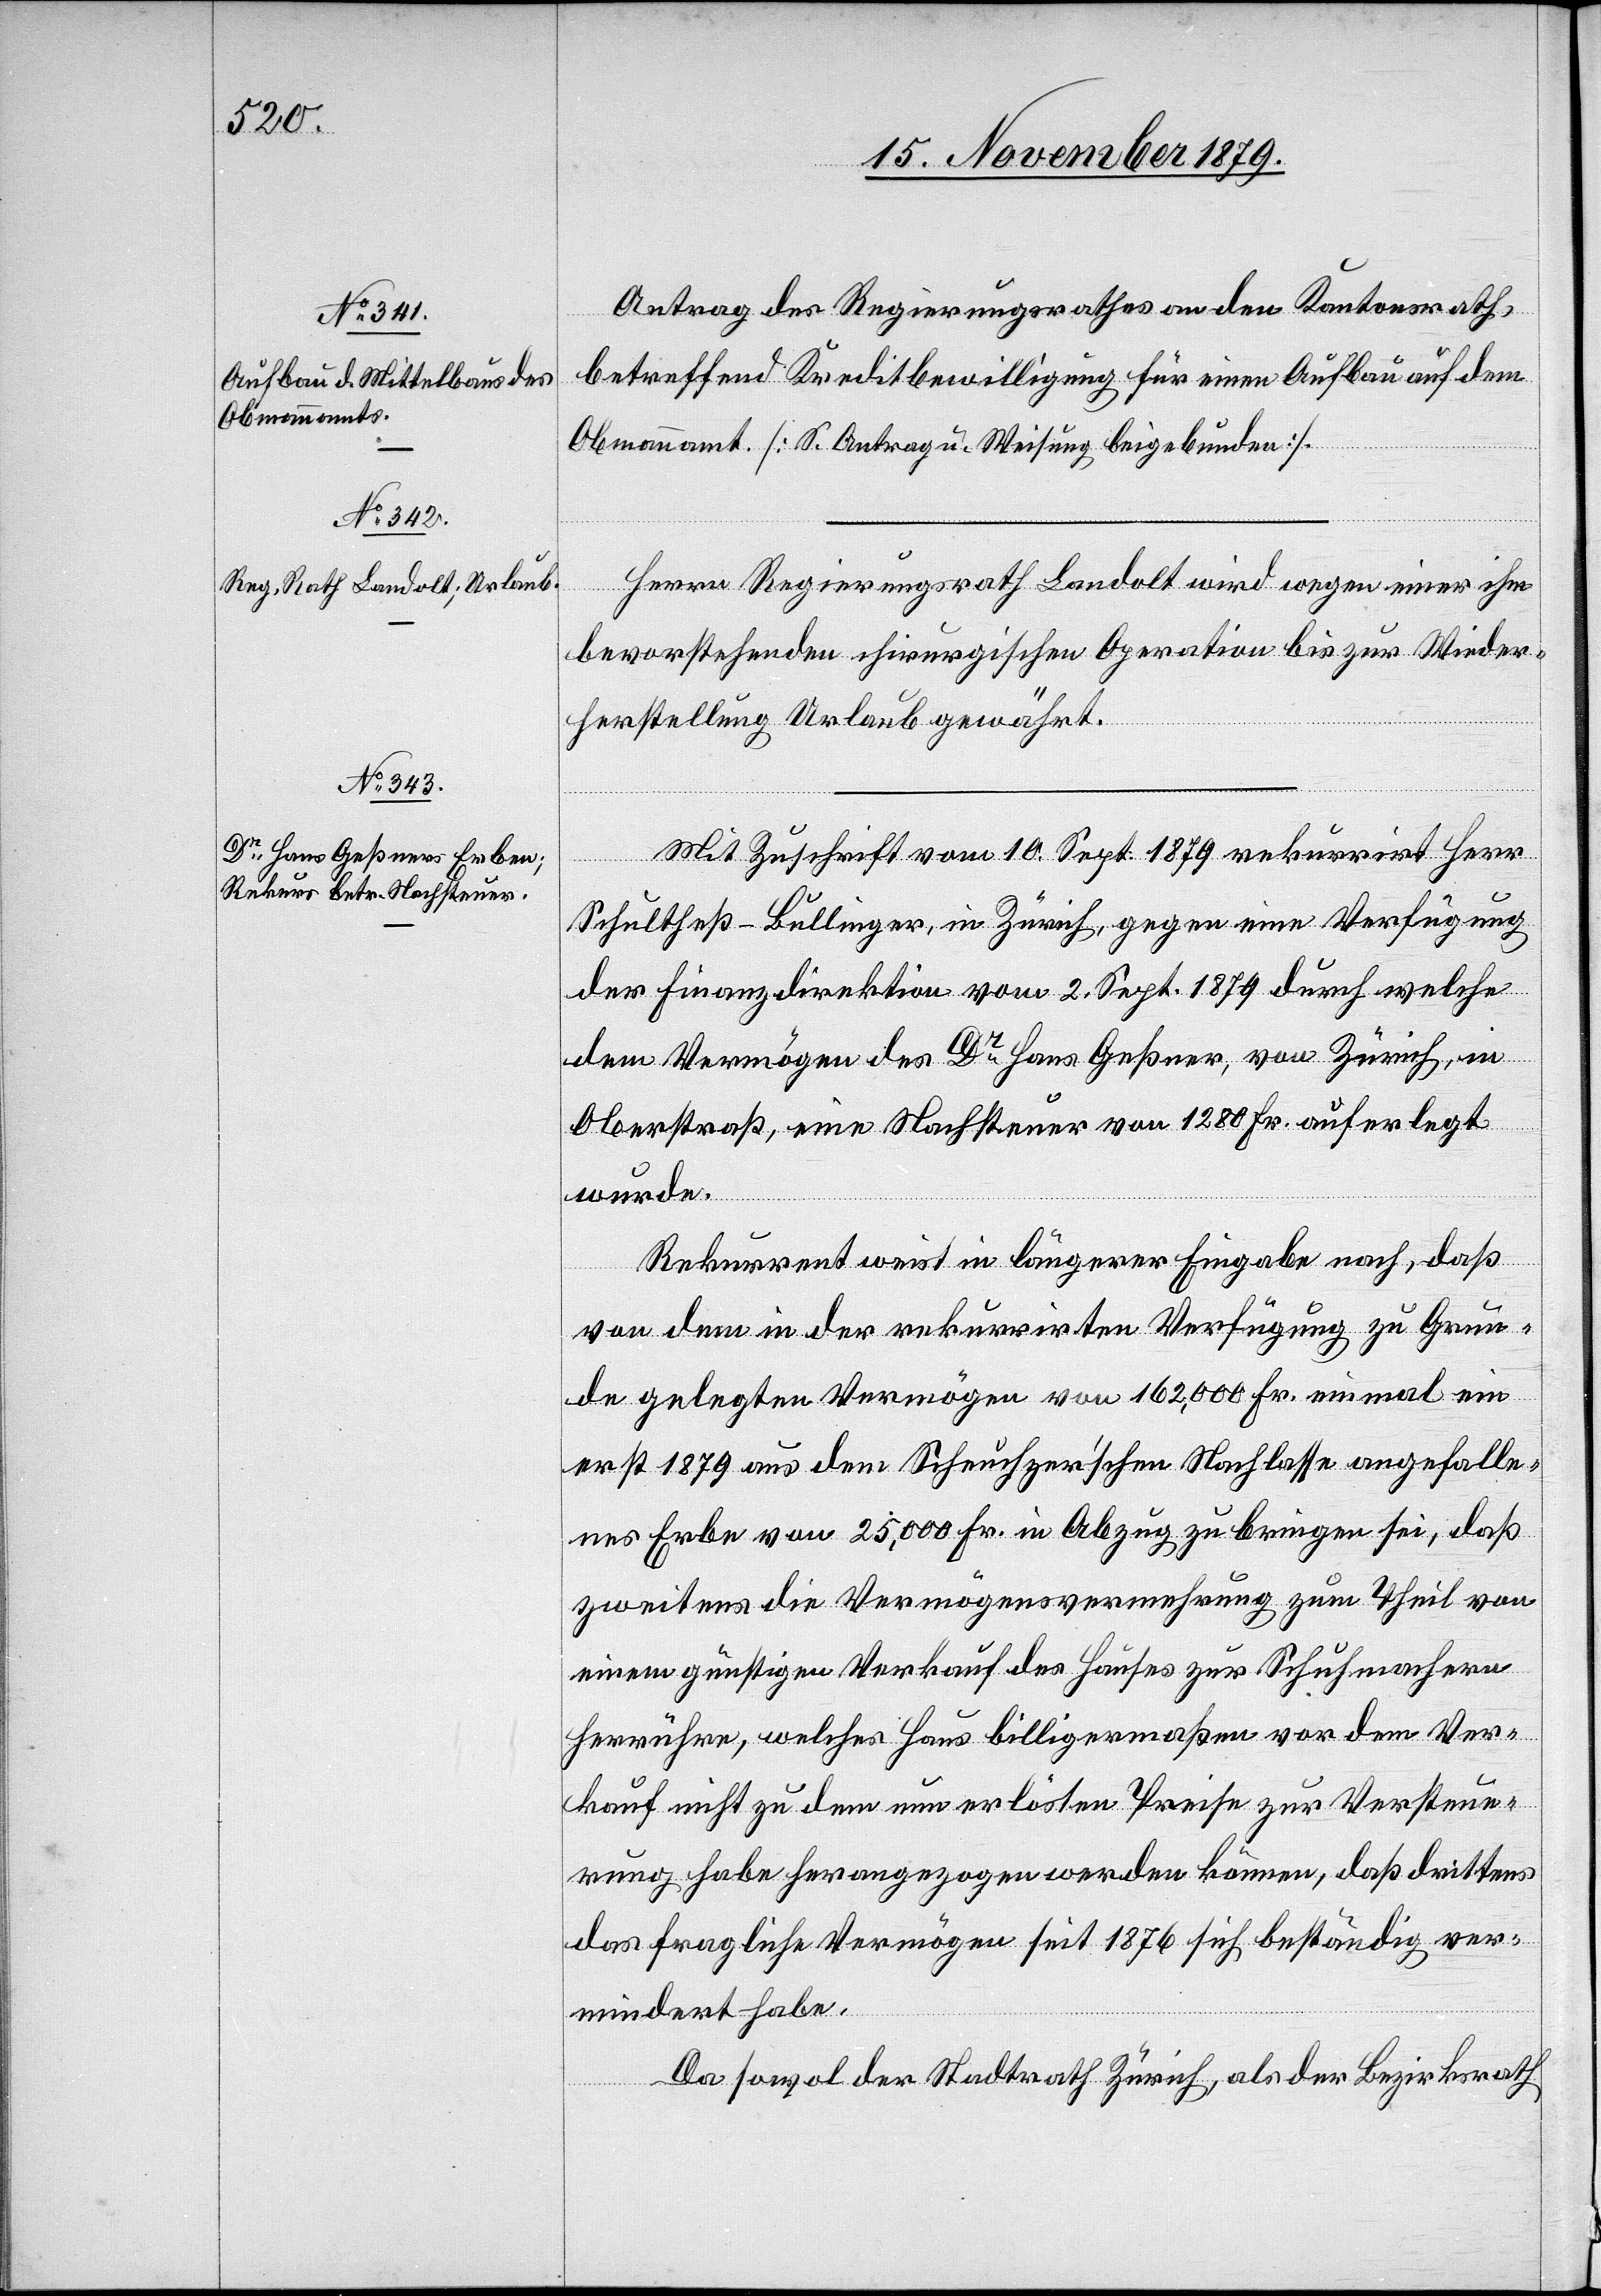
Antrag des Regierungsrathes an den Kantonsrath,
betreffend Kreditbewilligung für einen Aufbau auf dem
Obmannamt [S. Antrag u. Weisung beigebunden].
Herrn Regierungsrath Landolt wird wegen einer ihm
bevorstehenden chirurgischen Operation bis zur Wieder¬
herstellung Urlaub gewährt.
Mit Zuschrift vom 10. Sept. 1879 rekurrirt Herr
Schultheß-Bullinger, in Zürich, gegen eine Verfügung
der Finanzdirektion vom 2. Sept. 1879 durch welche
dem Vermögen des Dr Hans Geßner, von Zürich, in
Oberstraß, eine Nachsteuer von 1280 Fr. auferlegt
wurde.
Rekurrent weist in längerer Eingabe nach, daß
von dem in der rekurrirten Verfügung zu Grun¬
de gelegten Vermögen von 162,200 Fr. einmal ein
erst 1879 aus dem Scheuchzer’schen Nachlasse angefalle¬
nes Erbe von 25,000 Fr. in Abzug zu bringen sei, daß
zweitens die Vermögensvermehrung zum Theil von
einem günstigen Verkauf des Hauses zur Schuhmachern
herrühre, welches Haus billigermaßen vor dem Ver¬
kauf nicht zu dem nun erlösten Preise zur Versteue¬
rung habe herangezogen werden können, daß drittens
das fragliche Vermögen seit 1876 sich beständig ver¬
mindert habe.
Da sowol der Stadtrath Zürich, als der Bezirksrath